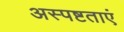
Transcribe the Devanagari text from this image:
अस्पष्टताएं